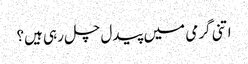
اتنی گرمی میں پیدل چل رہی ہیں؟